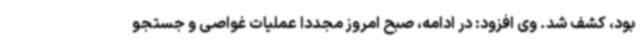
بود، کشف شد. وی افزود: در ادامه، صبح امروز مجددا عملیات غواصی و جستجو